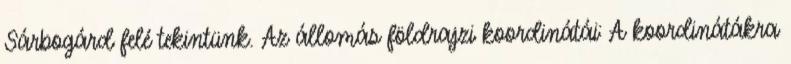
Sárbogárd felé tekintünk. Az állomás földrajzi koordinátái: A koordinátákra